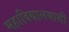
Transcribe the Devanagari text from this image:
महाविद्यालयाशी